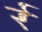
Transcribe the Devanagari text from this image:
र्र